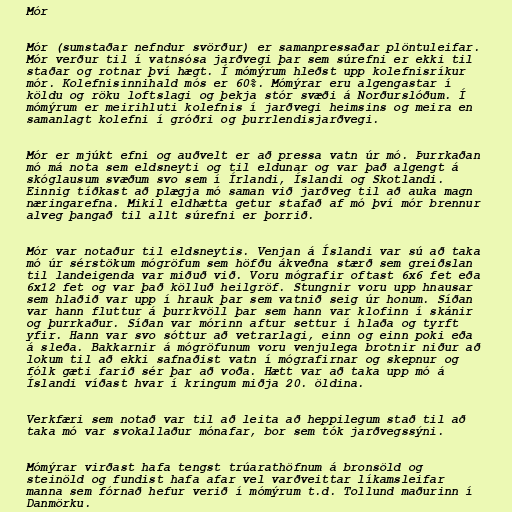
Mór

Mór (sumstaðar nefndur svörður) er samanpressaðar plöntuleifar.
Mór verður til í vatnsósa jarðvegi þar sem súrefni er ekki til
staðar og rotnar því hægt. Í mómýrum hleðst upp kolefnisríkur
mór. Kolefnisinnihald mós er 60%. Mómýrar eru algengastar í
köldu og röku loftslagi og þekja stór svæði á Norðurslóðum. Í
mómýrum er meirihluti kolefnis í jarðvegi heimsins og meira en
samanlagt kolefni í gróðri og þurrlendisjarðvegi.

Mór er mjúkt efni og auðvelt er að pressa vatn úr mó. Þurrkaðan
mó má nota sem eldsneyti og til eldunar og var það algengt á
skóglausum svæðum svo sem í Írlandi, Íslandi og Skotlandi.
Einnig tíðkast að plægja mó saman við jarðveg til að auka magn
næringarefna. Mikil eldhætta getur stafað af mó því mór brennur
alveg þangað til allt súrefni er þorrið.

Mór var notaður til eldsneytis. Venjan á Íslandi var sú að taka
mó úr sérstökum mógröfum sem höfðu ákveðna stærð sem greiðslan
til landeigenda var miðuð við. Voru mógrafir oftast 6x6 fet eða
6x12 fet og var það kölluð heilgröf. Stungnir voru upp hnausar
sem hlaðið var upp í hrauk þar sem vatnið seig úr honum. Síðan
var hann fluttur á þurrkvöll þar sem hann var klofinn í skánir
og þurrkaður. Síðan var mórinn aftur settur í hlaða og tyrft
yfir. Hann var svo sóttur að vetrarlagi, einn og einn poki eða
á sleða. Bakkarnir á mógröfunum voru venjulega brotnir niður að
lokum til að ekki safnaðist vatn í mógrafirnar og skepnur og
fólk gæti farið sér þar að voða. Hætt var að taka upp mó á
Íslandi víðast hvar í kringum miðja 20. öldina.

Verkfæri sem notað var til að leita að heppilegum stað til að
taka mó var svokallaður mónafar, bor sem tók jarðvegssýni.

Mómýrar virðast hafa tengst trúarathöfnum á bronsöld og
steinöld og fundist hafa afar vel varðveittar líkamsleifar
manna sem fórnað hefur verið í mómýrum t.d. Tollund maðurinn í
Danmörku.